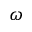
\omega